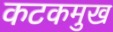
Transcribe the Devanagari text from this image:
कटकमुख